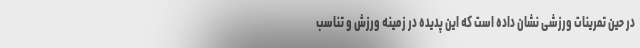
در حین تمرینات ورزشی نشان داده است که این پدیده در زمینه ورزش و تناسب